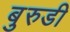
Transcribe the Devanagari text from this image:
बुरुडी